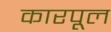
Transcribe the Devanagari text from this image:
कारपूल